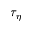
\tau _ { \eta }